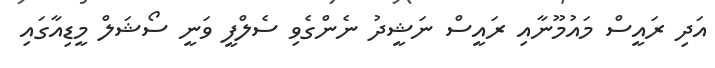
އަދި ރައީސް މައުމޫނާއި ރައީސް ނަޝީދު ނެންގެވި ސެލްފީ ވަނީ ސޯޝަލް މީޑިއާގައި